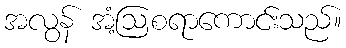
အလွန် အံ့ဩစရာကောင်းသည်။